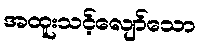
အထူးသင့်လျော်သော